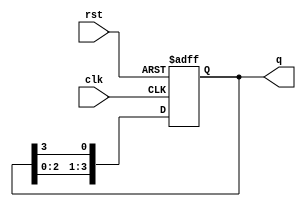
module ring_counter #(
    parameter N = 4  // Number of flip-flops (states)
) (
    input wire clk,    // Clock input
    input wire rst,    // Asynchronous reset input
    output reg [N-1:0] q // Output representing the current state
);

    // Initial state is set in a procedural block
    initial begin
        q = 1'b1; // Set the first flip-flop to 1, others to 0 (e.g., 1000 for N=4)
    end

    // Sequential logic to handle the state transitions
    always @(posedge clk or posedge rst) begin
        if (rst) begin
            q <= 1'b1; // Reset to initial state
        end else begin
            // Shift the '1' bit to the next flip-flop in the ring
            q <= {q[N-2:0], q[N-1]}; // Shift left and feed back the last bit
        end
    end

endmodule